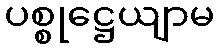
ပစ္စုဋ္ဌေယျာမ